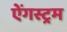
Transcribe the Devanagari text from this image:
ऐंगस्ट्रम